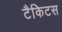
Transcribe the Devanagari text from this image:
टैकिटस